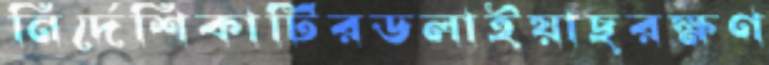
নির্দেশিকাটিরডলাইয়াছরক্ষণ